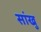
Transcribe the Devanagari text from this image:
सांखु